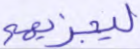
ليجزيهم